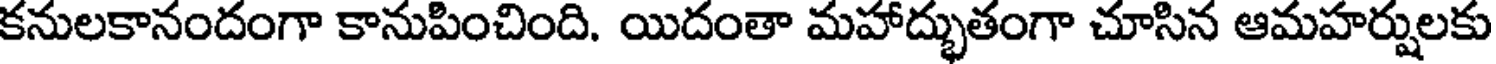
కనులకానందంగా కానుపించింది. యిదంతా మహాద్భుతంగా చూసిన ఆమహర్షులకు